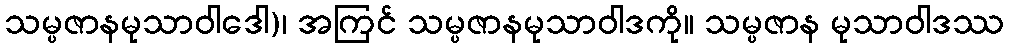
သမ္ပဇာနမုသာဝါဒေါ)၊ အကြင် သမ္ပဇာနမုသာဝါဒကို။ သမ္ပဇာန မုသာဝါဒဿ